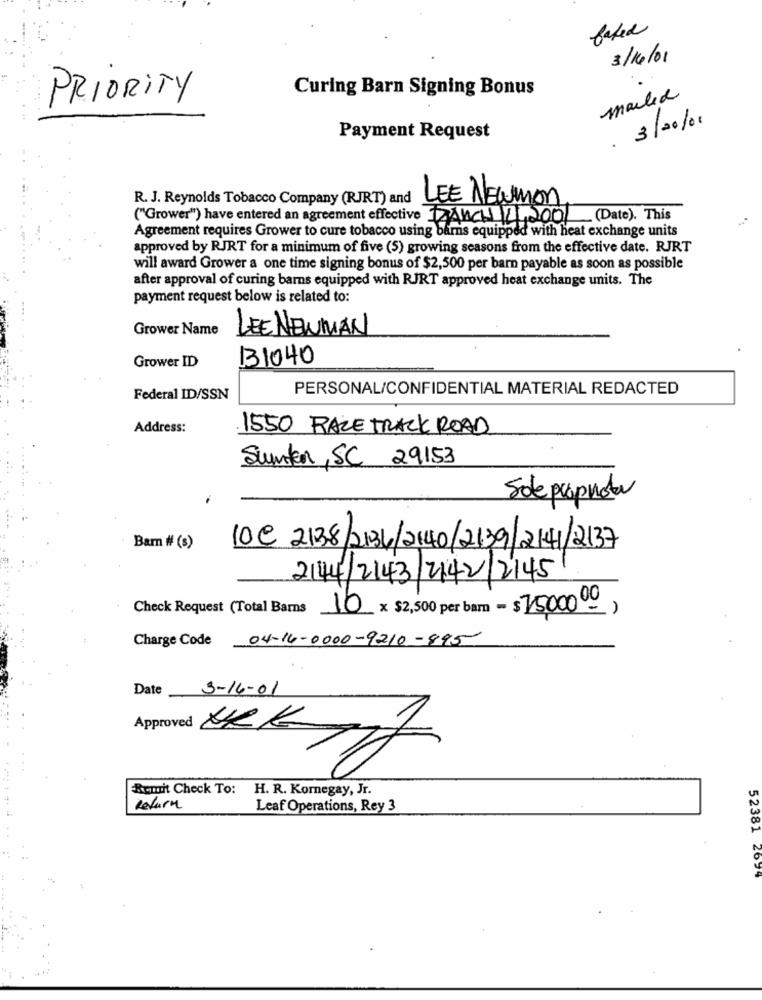
baked
3/16/01
Curing Barn Signing Bonus
PRIORITY
mailed
3/20/01
Payment Request
.
R. J. Reynolds Tobacco Company (RJRT) and
LEE NEWMON
("Grower") have entered an agreement effective AUCH 2/2001 (Date). This
Agreement requires Grower to cure tobacco using barns equipped with heat exchange units
approved by RJRT for a minimum of five (5) growing seasons from the effective date. RJRT
will award Grower a one time signing bonus of $2,500 per barn payable as soon as possible
after approval of curing barns equipped with RJRT approved heat exchange units. The
payment request below is related to:
Grower Name
LEE NEWMAN
131040
Grower ID
PERSONAL/CONFIDENTIAL MATERIAL REDACTED
Federal ID/SSN
Address:
1550 RACE TRACK ROAD
Sumter, SC 29153
Soleproprieta
Barn # (s)
10C 2138/2134/2140/2139/2141/2137
2144/2143/2142/2145
Check Request (Total Barns 10 x $2,500 per barn - $75,0000)
Charge Code 04-16-0000-9210-895
Date 3-16-01
Approved NEK
Remit Check To:
H. R. Kornegay, Jr.
Return
Leaf Operations, Rey 3
52381 2699